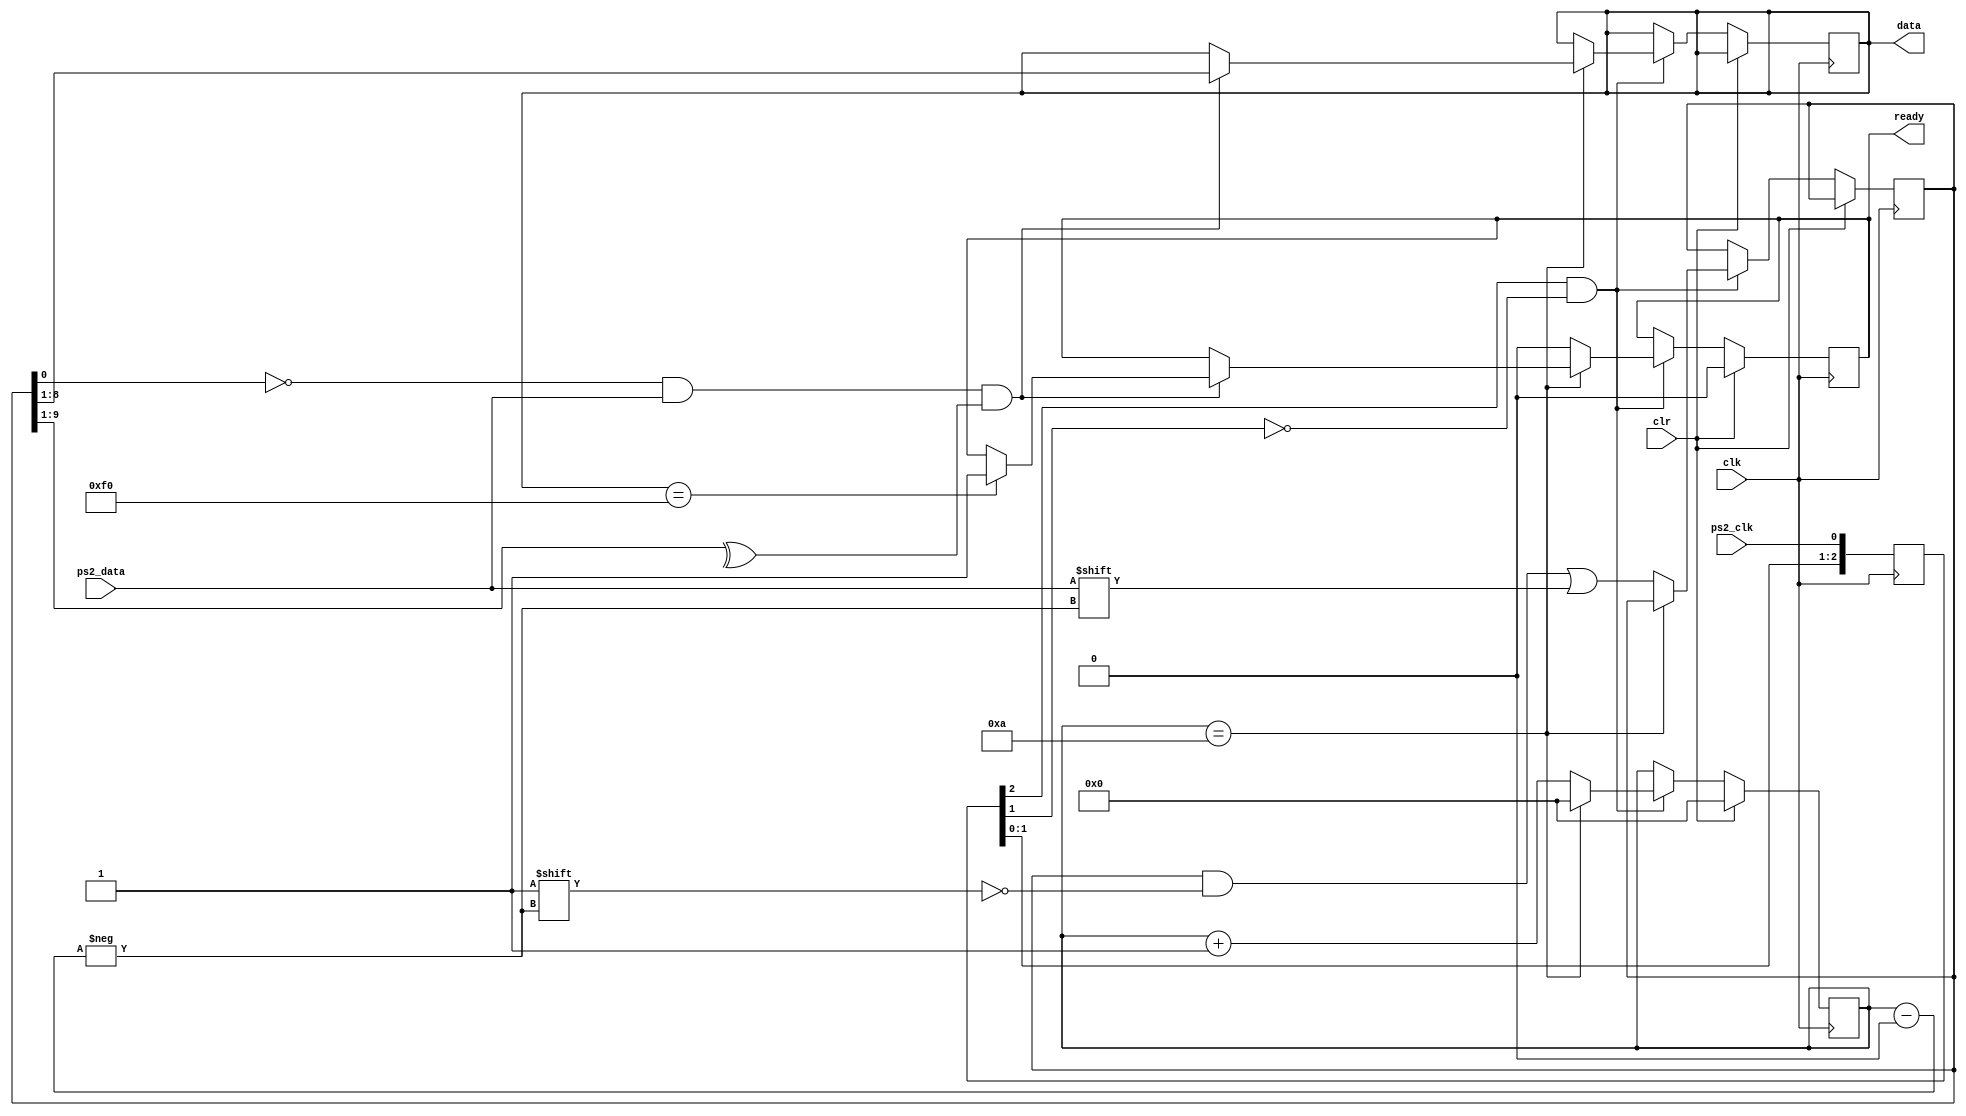
module ps2_keyboard(clk,clr,ps2_clk,ps2_data,data,
			ready); 
			input clk,clr,ps2_clk,ps2_data; 
			
			output reg [7:0] data; 
			output reg ready; 
			
			
			// internal signal, for test 
			reg [9:0] buffer; // ps2_data bits 
		
		
			reg [3:0] count; // count ps2_data bits 
			// detect falling edge of ps2_clk 
			reg [2:0] ps2_clk_sync; 
			
			always @(posedge clk) begin 
				ps2_clk_sync <= {ps2_clk_sync[1:0],ps2_clk}; 
			end 
			
			wire sampling = ps2_clk_sync[2] & ~ps2_clk_sync[1]; 
			
			always @(posedge clk)
			begin
				if (clr == 1)
				begin // reset 
					count <= 0; 
				//	overflow <= 0; 
					ready<= 0; 
				end 
				else if (sampling)
					  begin 
							if (count == 4'd10)
							begin 
								if ((buffer[0] == 0) && // start bit 
									(ps2_data) && // stop bit 
									(^buffer[9:1]))
								begin // odd parity 
										data <= buffer[8:1]; // kbd scan code 
										if(data==8'hF0)
											ready <= 1'b1; 
								//		overflow <= overflow | (r_ptr == (w_ptr + 3'b1)); 
								end 
								count <= 0; // for next 
							end 
							else
							begin 
								buffer[count] <= ps2_data; // store ps2_data 
								count <= count + 3'b1;
								ready <= 0;
							end 
					  end 
						
			end		 
		
 endmodule